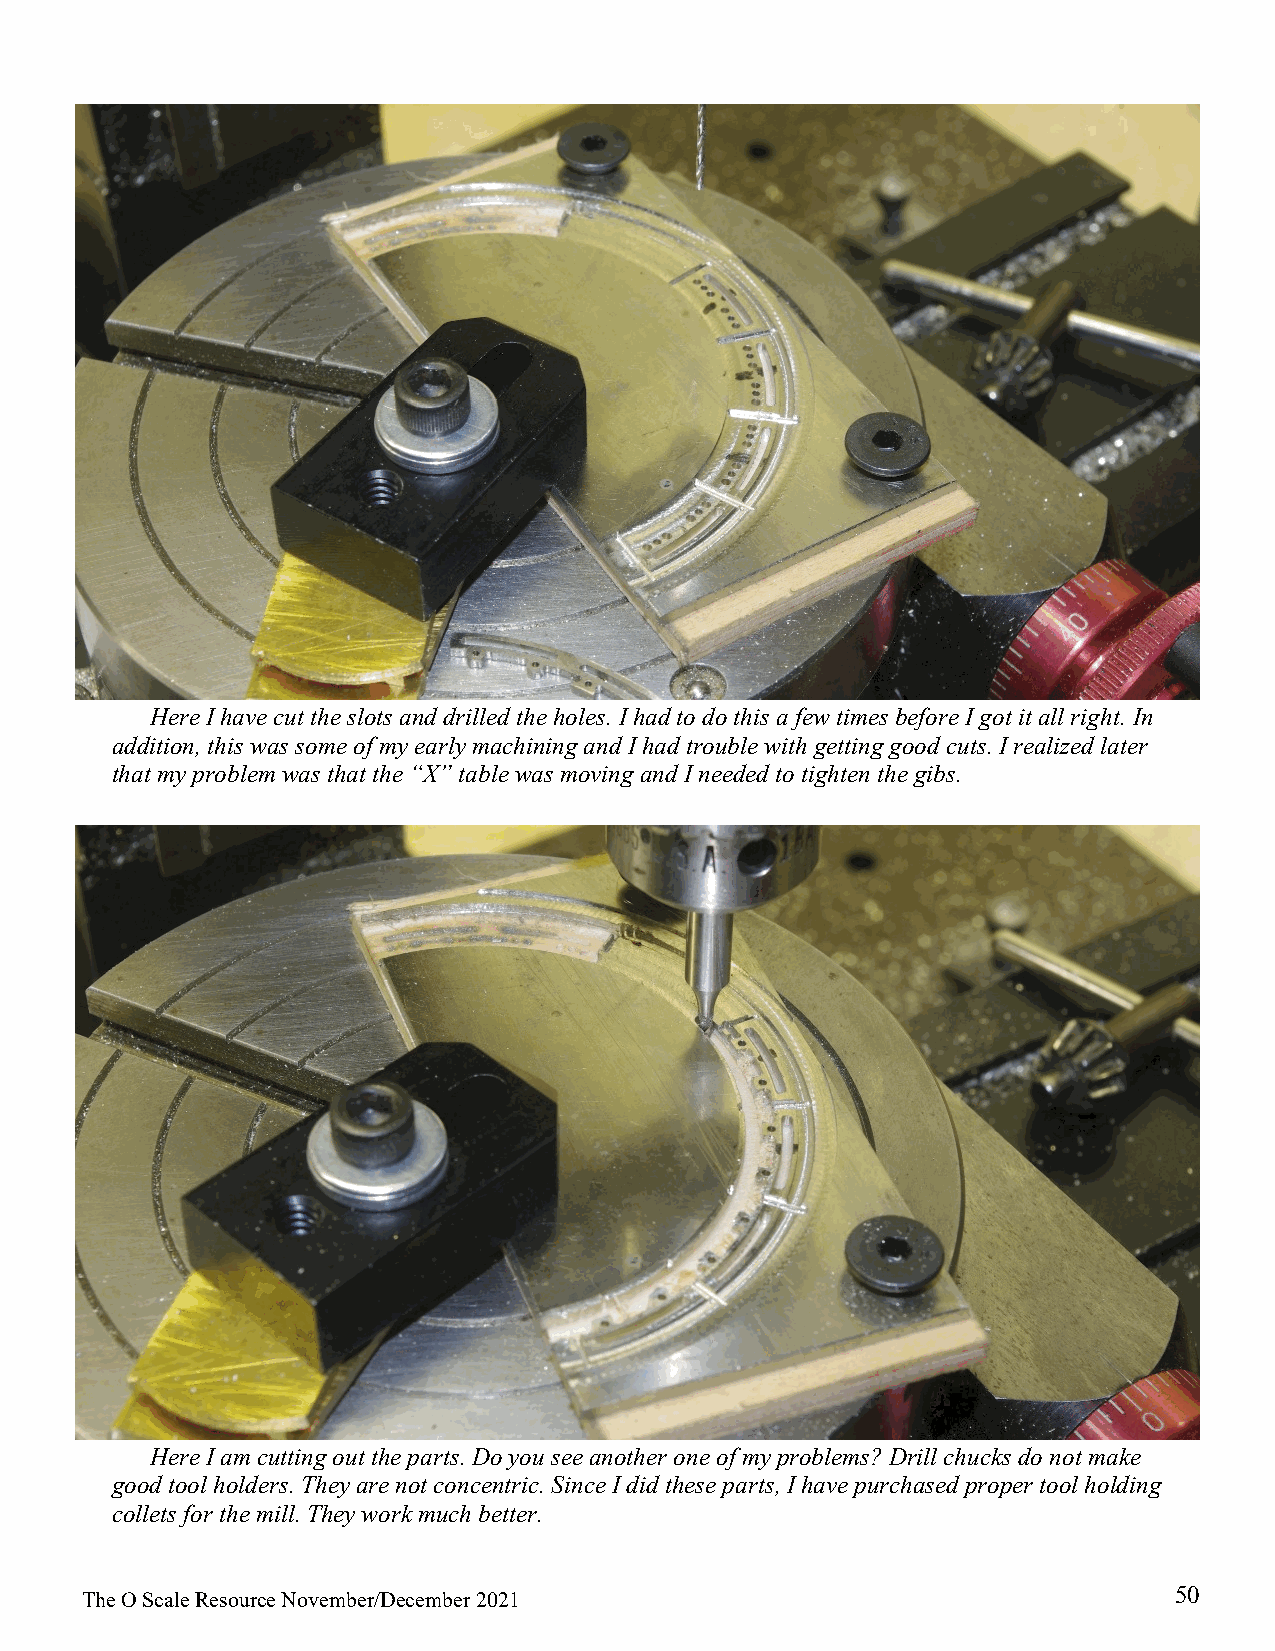
Here I have cut the slots and drilled the holes. I had to do this a few times before I got it all right. In
 addition, this was some of my early machining and I had trouble with getting good cuts. I realized later
 that my problem was that the “X” table was moving and I needed to tighten the gibs.
 Here I am cutting out the parts. Do you see another one of my problems? Drill chucks do not make
 good tool holders. They are not concentric. Since I did these parts, I have purchased proper tool holding
 collets for the mill. They work much better.
 50
 The O Scale Resource November/December 2021